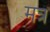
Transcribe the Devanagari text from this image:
मत्रं